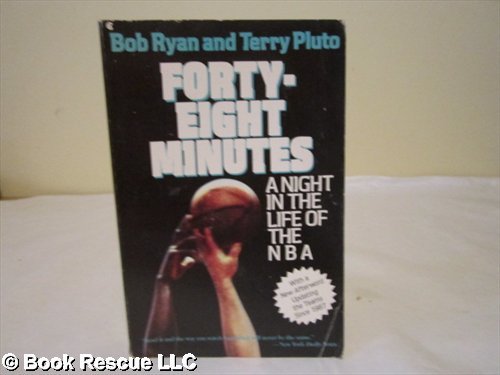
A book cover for Forty-Eight Minutes: A Night in the Life of the NBA; Bob Ryan; Sports & Outdoors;